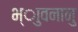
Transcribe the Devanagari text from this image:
भ्ाुवनानु